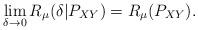
LaTeX: \begin{align*}\lim_{\delta \to 0} R_\mu(\delta | P_{XY}) = R_\mu(P_{XY}).\end{align*}